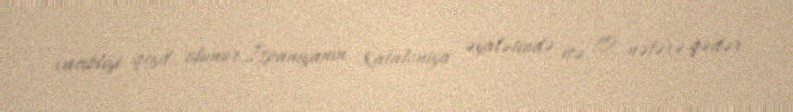
vacibliyi qeyd olunur.İspaniyanın Kataloniya əyalətində isə 10 nəfərə qədər